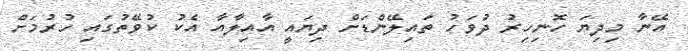
އޭނާ މިދިޔަ ހޮނިހިރު ދުވަހު ތައިލޭންޑަށް ދިޔައީ އާއިލާއާ އެކު ކުވޭތުގައި ހުރުމަށް